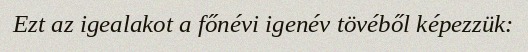
Ezt az igealakot a főnévi igenév tövéből képezzük: